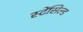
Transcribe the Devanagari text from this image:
स्टेंसिल्ड